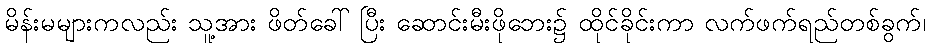
မိန်းမများကလည်း သူ့အား ဖိတ်ခေါ် ပြီး ဆောင်းမီးဖိုဘေး၌ ထိုင်ခိုင်းကာ လက်ဖက်ရည်တစ်ခွက်၊